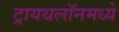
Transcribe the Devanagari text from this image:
ट्रायथलॉनमध्ये